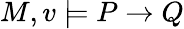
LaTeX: M,v\models P\rightarrow Q